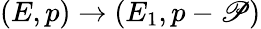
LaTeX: (E,p)\to(E_{1},p-\mathscr{P})